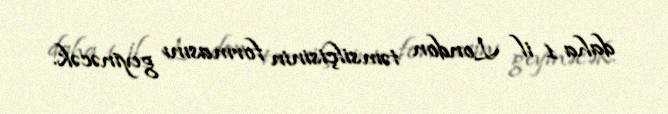
daha 1 il London təmsilçisinin formasını geyinəcək.